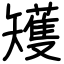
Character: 矱